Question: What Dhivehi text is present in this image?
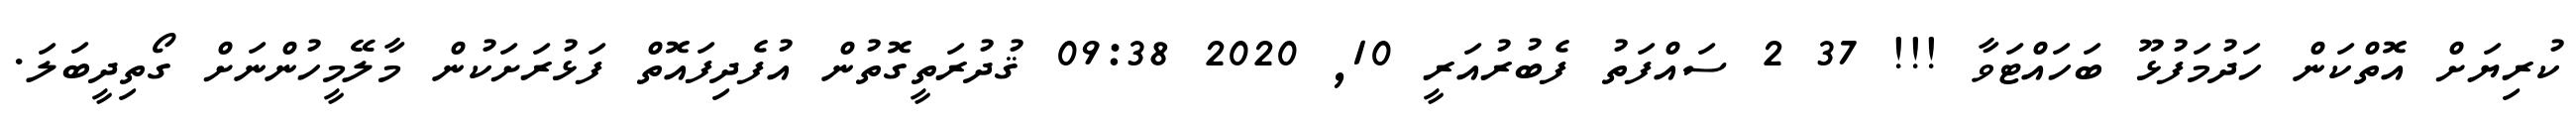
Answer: ކުރިޔަށް އޮތްކަން ހަދުމަފުޅޫ ބަހައްޓަވާ !!! 37 2 ސައްފަތު ފެބުރުއަރީ 10, 2020 09:38 ޤުދުރަތީގޮތުން އުފެދިފައޮތް ފަޅުރަށަކުން މާލޭމީހުންނަށް ގޯތިދީބަލަ.